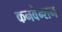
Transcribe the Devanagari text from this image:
कनवेन्शन